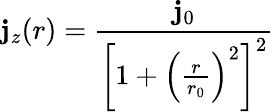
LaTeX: \mathbf{j}_{z}(r)=\frac{{\mathbf{j}_{0}}}{{\left[1+\left(\frac{{r}}{{r_{0}}}\right)^{2}\right]^{2}}}